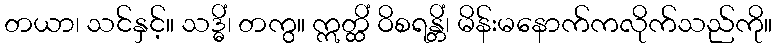
တယာ၊ သင်နှင့်။ သဒ္ဓိံ၊ တကွ။ ဣတ္ထိံ ဝိစရန္တိံ၊ မိန်းမနောက်ကလိုက်သည်ကို။